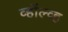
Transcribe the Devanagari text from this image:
व्हॉल्व्ह